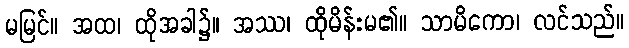
မမြင်။ အထ၊ ထိုအခါ၌။ အဿ၊ ထိုမိန်းမ၏။ သာမိကော၊ လင်သည်။